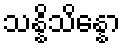
သန္နိသိန္နော